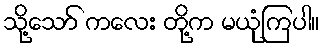
သို့သော် ကလေး တို့က မယုံကြပါ။